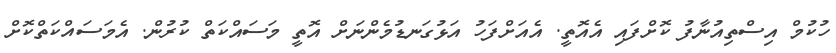
ހުކުމް އިސްތިއުނާފު ކޮށްފައި އެއޮތީ. އެއަށްފަހު އަޅުގަނޑުމެންނަށް އޮތީ މަސައްކަތް ކުރުން. އެމަސައްކަތްކޮށް